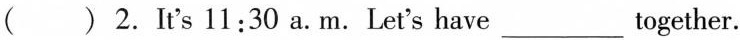
( )2.It's 11:30 a. M.Let's have ___ together.